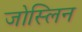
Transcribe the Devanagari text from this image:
जोस्लिन